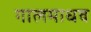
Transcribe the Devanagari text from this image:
गालमाधव